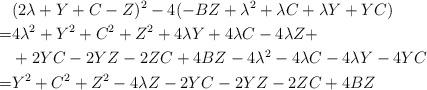
LaTeX: \begin{align*}& (2\lambda+Y+C-Z)^2-4(-BZ+\lambda^2+\lambda C+\lambda Y+YC) & \\=&4\lambda^2+Y^2+C^2+Z^2+4\lambda Y+4\lambda C-4\lambda Z + \\&+2YC-2YZ-2ZC+4BZ-4\lambda^2-4\lambda C-4\lambda Y-4YC & \\=&Y^2+C^2+Z^2-4\lambda Z -2YC-2YZ-2ZC+4BZ \end{align*}